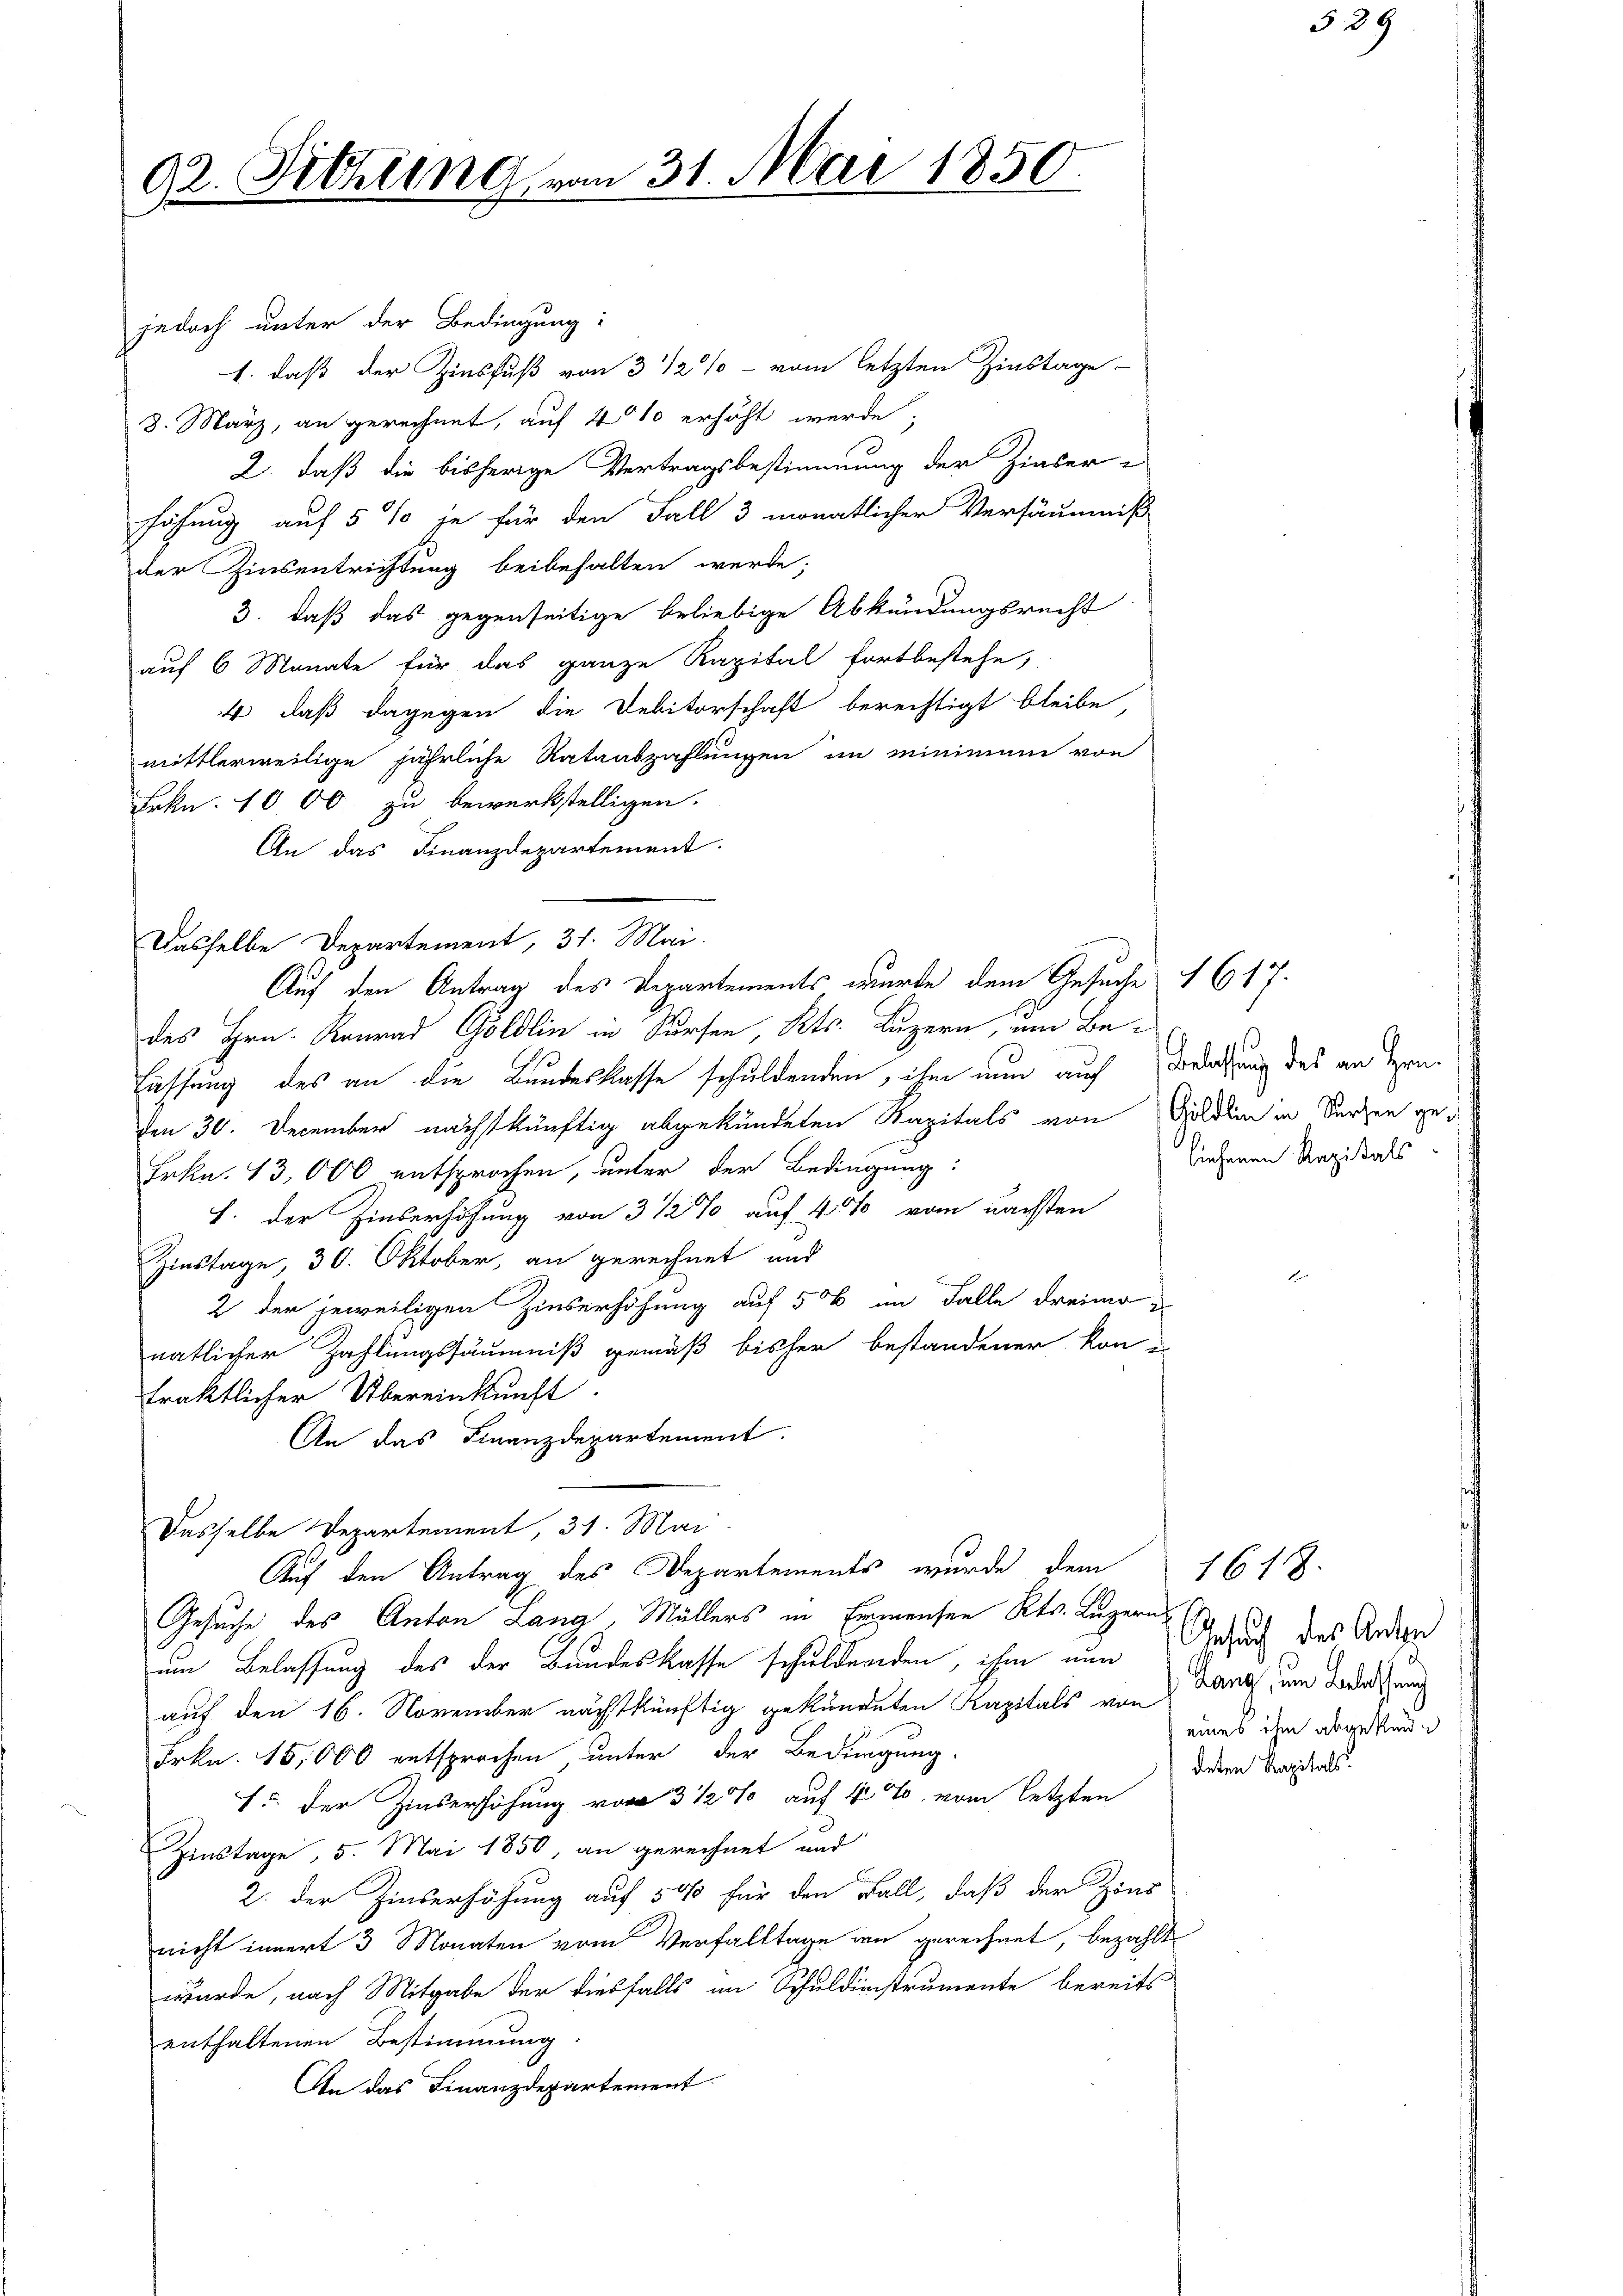
92. Sitzung

jedoch unter der Bedingung:
1. daß der Zinsfuß von 3 1/2% vom letzten Zinstage
8. März, an gerechnet, auf 40% erhöht werde;
2. daß die bisherige Vertragsbestimmung der Zinser-
höhung auf 5 % je für den Fall 3 monatlicher Versäumniß
der Zinsentrichtung beibehalten werde;
3. daß das gegenseitige beliebige Abkündungsrecht
auf 6 Monate für das ganze Kapital fortbestehe,
4 daß dagegen die Debitorschaft berechtigt bleibe,
mittlerweilige jährliche Rataabzahlungen im Minimum von
Frkn. 1000. zu bewerkstelligen.
An das Finanzdepartement.
Dasselbe Departement, 31. Mai.
Auf den Antrag des Departements wurde dem Gesuche 1617.
des Hrn. Konrad Göldlin in Kursen, Kts. Luzern, um Be¬
Fassung des an die Bundesklasse schuldenden, ihm nun auch Borlassung des an Hrn.
den 30. December nächstkünftig abgekündeten Kapitals von Gulden in Verzen ged
Frkn. 13,000 entsprochen, unter der Bedingung:
J. der Zinserhöhung von 3 1/2% auf 4% vom nächsten
Zinstage, 30. Oktober, an gerechnet und
2 der jeweiligen Zinserhöhung auf 50 im Falle dreimo
natlicher Zahlungssäumniß gemäß bisher bestandener kon
traktlicher Übereinkunft.
An das Finanzdepartement.

am 31. Mai 1850.

Dasselbe Departement, 31. Mai
Auf den Antrag des Departements wurde dem

Gesuche des Anton Lang, Müllers in Emmensen Kts. Luzern
um Belassung des der Bundeskasse schuldenden, ihm nun
auf den 16. November nächstkünftig gekündeten Kapitals von
Frkn. 15,000 entsprochen, unter der Bedingung.
15. der Zinserhöhung von 3 1/2% auf 4 % vom letzten
Zinstage 5. Mai 1850, an gerechnet und
2. der Zinserhöhung auf 50 für den Fall, daß der Zins
nicht innert 3 Monaten vom Verfalltage im gerechnet, bezahlt
wurde, nach Mitgabe der diesfalls am Schuldinstrumente bereits
enthaltenen Bestimmung.
An das Finanzdepartement

liehenen Kapitals

1618.
Gesuch des Anton
Lang, um Belassung
eines ihm abgekünd

deten Kapitals.

329